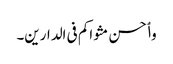
وٲحسن مثواکم فی الدارین۔